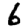
Digit: 6